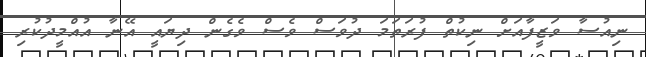
ނިއުސާ ވަޒީފާއަށް ނިކުތް ފުރަތަމަ ދުވަސް ވެސް ވެގެން ދިޔައީ އޭނާ އުއްމީދުކުރި